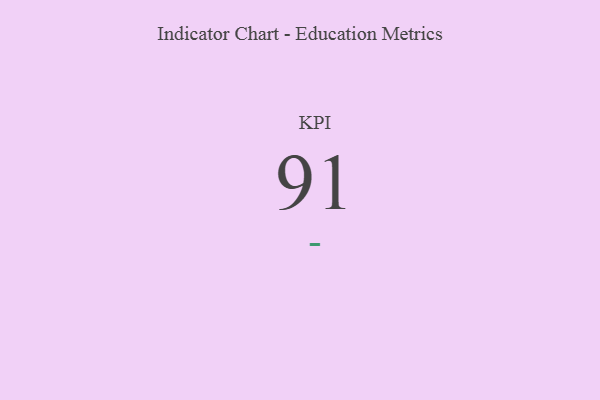
{"axis": {"x": "KPI", "y": "Value"}, "legend": [""], "data": [{"x": "KPI", "y": 91, "type": ""}]}